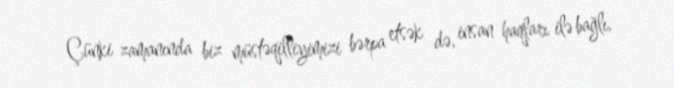
Çünki zamanında biz müstəqilliyimizi bərpa etsək də, insan haqları ilə bağlı,